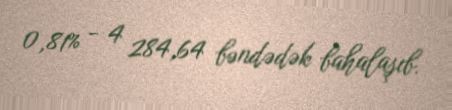
0,81% - 4 284,64 bəndədək bahalaşıb.